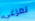
تفزعي